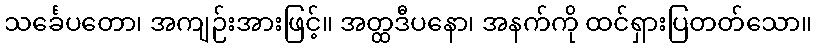
သင်္ခေပတော၊ အကျဉ်းအားဖြင့်။ အတ္ထဒီပနော၊ အနက်ကို ထင်ရှားပြတတ်သော။